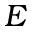
E